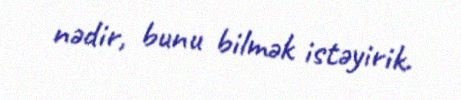
nədir, bunu bilmək istəyirik.